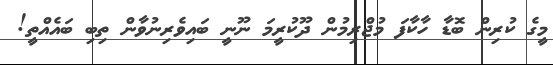
މީގެ ކުރިން ބޮޑާ ހާކާފަ މުޖްރިމުން ދޫކުރީމަ ނޫނީ ބައިވެރިނުވާން ތިބި ބައެއްތީ!